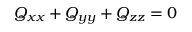
Q _ { x x } + Q _ { y y } + Q _ { z z } = 0